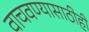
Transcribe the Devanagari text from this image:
वाचवण्यासाठीही